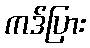
ကဒ်ပြား